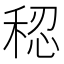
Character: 𫀷